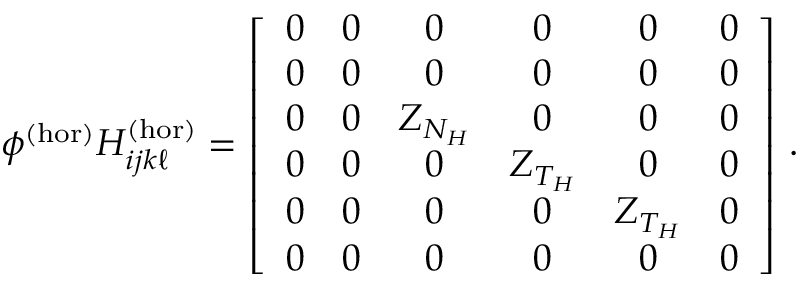
\phi ^ { ( \mathrm { h o r } ) } H _ { i j k \ell } ^ { ( \mathrm { h o r } ) } = \left[ \begin{array} { c c c c c c } { 0 } & { 0 } & { 0 } & { 0 } & { 0 } & { 0 } \\ { 0 } & { 0 } & { 0 } & { 0 } & { 0 } & { 0 } \\ { 0 } & { 0 } & { Z _ { N _ { H } } } & { 0 } & { 0 } & { 0 } \\ { 0 } & { 0 } & { 0 } & { Z _ { T _ { H } } } & { 0 } & { 0 } \\ { 0 } & { 0 } & { 0 } & { 0 } & { Z _ { T _ { H } } } & { 0 } \\ { 0 } & { 0 } & { 0 } & { 0 } & { 0 } & { 0 } \end{array} \right] \, .